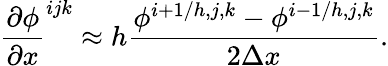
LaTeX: \frac{\partial\phi}{\partial x}^{ijk}\approx h\frac{\phi^{i+1/h,j,k}-\phi^{i-1/h,j,k}}{2\Delta x}.